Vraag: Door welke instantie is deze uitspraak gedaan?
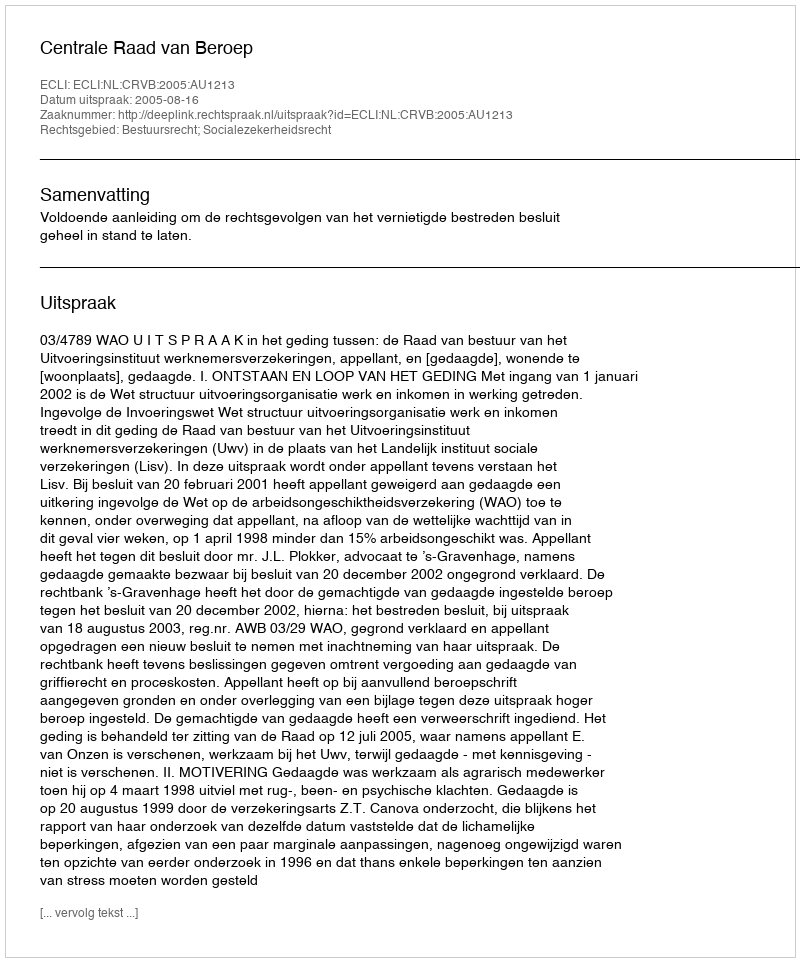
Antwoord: Centrale Raad van Beroep